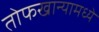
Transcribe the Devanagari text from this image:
तोफखान्यामध्ये